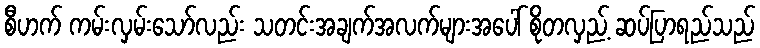
စီဟက် ကမ်းလှမ်းသော်လည်း သတင်းအချက်အလက်များအပေါ် စိုတလှည့် ဆပ်ပြာရည်သည်